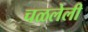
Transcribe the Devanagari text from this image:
चळलेली